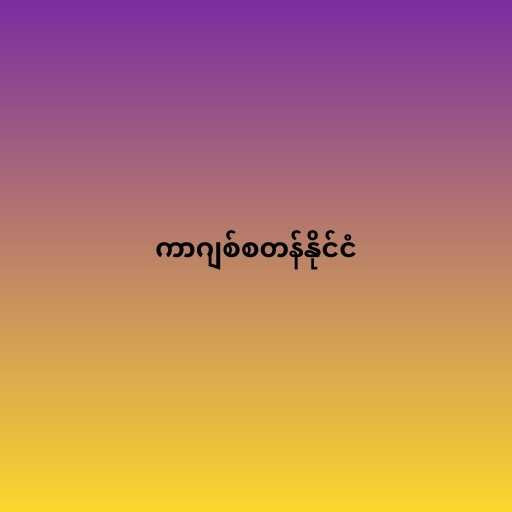
ကာဂျစ်စတန်နိုင်ငံ